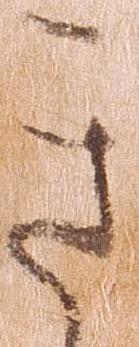
き